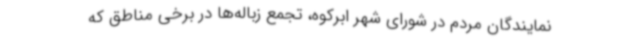
نمایندگان مردم در شورای شهر ابرکوه، تجمع زباله‌ها در برخی مناطق که